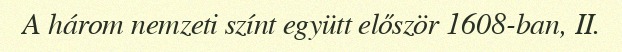
A három nemzeti színt együtt először 1608-ban, II.